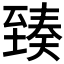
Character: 𦥇